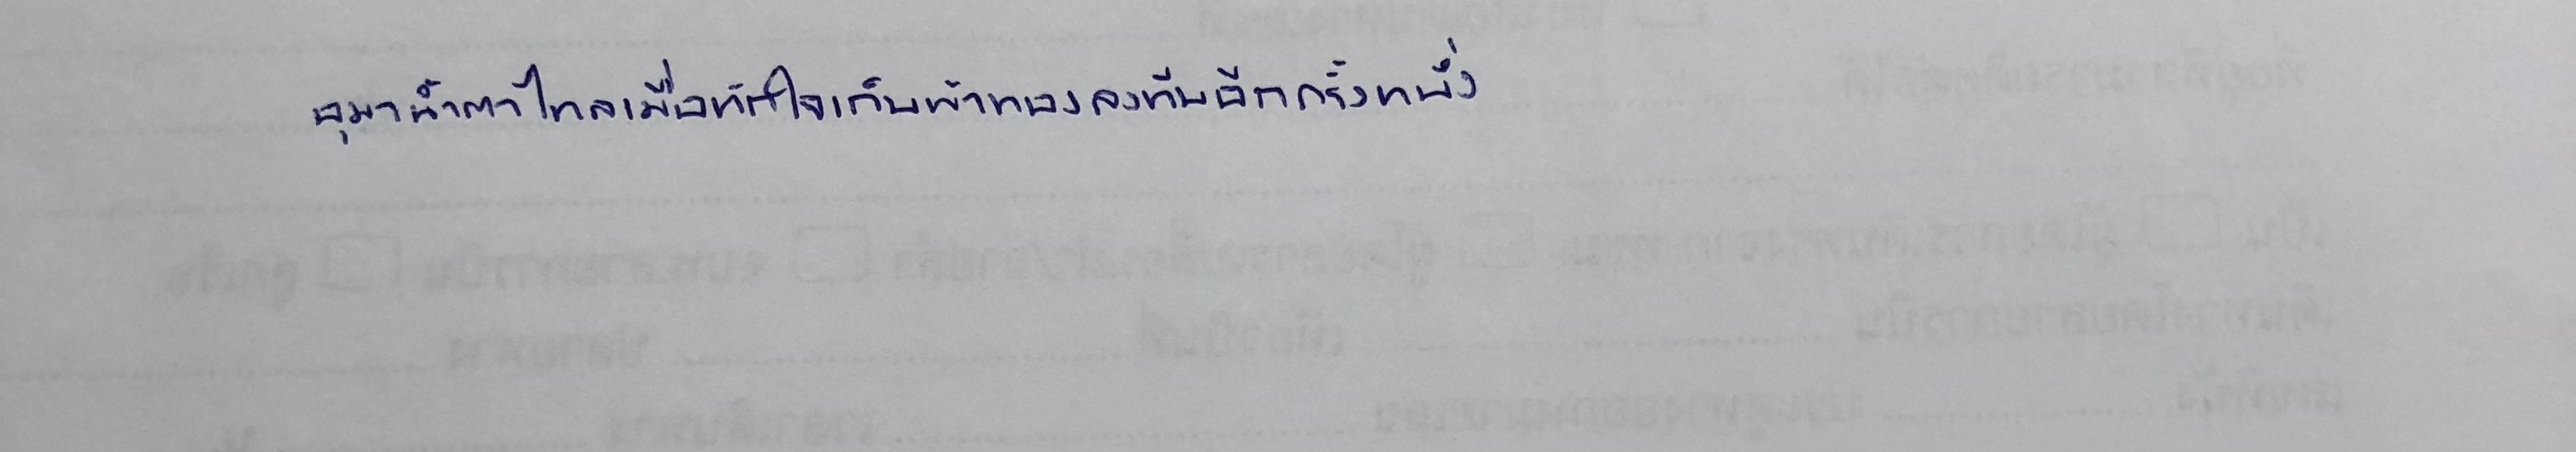
อุมาน้ำตาไหลเมื่อหักใจเก็บผ้าทองลงหีบอีกครั้งหนึ่ง